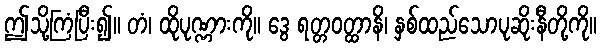
ဤသို့ကြံပြီး၍။ တံ၊ ထိုပုဏ္ဏားကို။ ဒွေ ရတ္တဝတ္ထာနိ၊ နှစ်ထည်သောပုဆိုးနီတို့ကို။